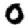
Digit: 0